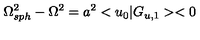
{ \Omega _ { s p h } ^ { 2 } } - { \Omega } ^ { 2 } = a ^ { 2 } < u _ { 0 } | G _ { u , 1 } > < 0